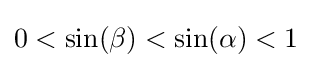
0<\sin(\beta )<\sin(\alpha )<1